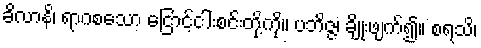
ခိလာနိ၊ ရာဂစသော ငြောင့်ငါးစင်းတို့ကို။ ပဘိဇ္ဇ၊ ချိုးဖျက်၍။ စရသိ၊